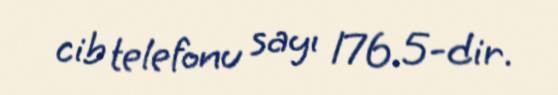
cib telefonu sayı 176.5-dir.